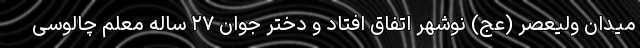
میدان ولیعصر (عج) نوشهر اتفاق افتاد و دختر جوان ۲۷ ساله معلم چالوسی